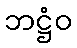
ဘဋ္ဌံဝ